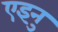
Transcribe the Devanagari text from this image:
एइनु